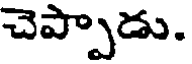
చెప్పాడు.